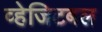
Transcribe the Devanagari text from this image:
व्हेजिटबल